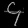
Digit: ၄